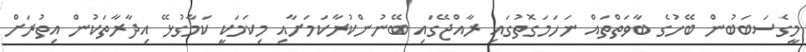
މީގެސަބަބުން ބޭހުގެ ބާވަތްތައް ނަހަމަގޮތުގައި ރާއްޖޭގައި ބޭނުންކުރާކަމަށާއި މިކަމަކީ ކަމާގުޅޭ އިދާރާތަކުން އިތުރަށް